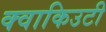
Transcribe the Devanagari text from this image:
क्वाकिउटी